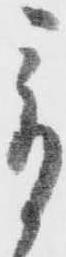
爰